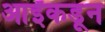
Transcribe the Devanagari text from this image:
आईंकडून